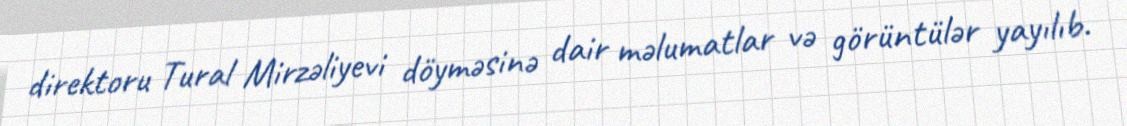
direktoru Tural Mirzəliyevi döyməsinə dair məlumatlar və görüntülər yayılıb.